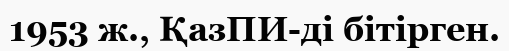
1953 ж., ҚазПИ-ді бітірген.